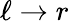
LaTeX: \ell\rightarrow r